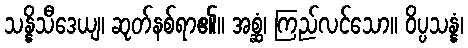
သန္နိသီဒေယျ၊ ဆုတ်နစ်ရာ၏။ အစ္ဆံ၊ ကြည်လင်သော။ ဝိပ္ပသန္နံ၊